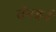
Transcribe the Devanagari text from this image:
वॅनबर्न